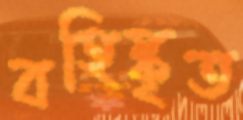
বহিষ্কৃত